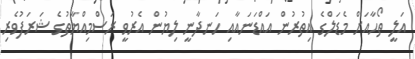
އަލީ ތޯހާއަށް މެޑަލްގެ އިތުރުން އައްޑަނައާއި ހަނދާނީ ލިޔުން އެރުވީ ރަސްމިއްޔާތުގެ ޝަރަފުވެރި